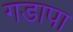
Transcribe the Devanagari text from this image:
गडापा